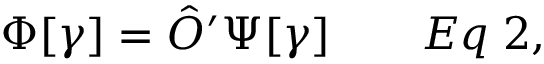
\Phi [ \gamma ] = { \hat { O } } ^ { \prime } \Psi [ \gamma ] \qquad E q \; 2 ,